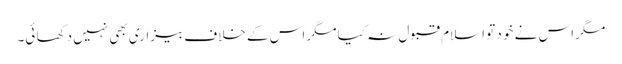
مگر اس نے خو د تو اسلام قبو ل نہ کیا مگر اس کے خلاف بیزاری بھی نہیں دکھا ئی۔